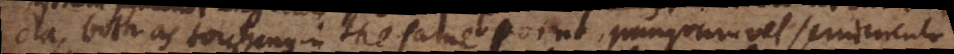
cta, both as touching in the same point, quanquam vel semicirculo